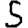
Digit: 5